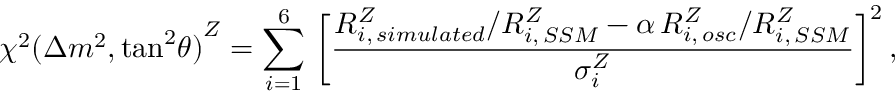
{ \chi ^ { 2 } ( \Delta m ^ { 2 } , \mathrm { { t a n } ^ { 2 } } \theta ) } ^ { Z } = \sum _ { i = 1 } ^ { 6 } \, \bigg [ { \frac { R _ { i , \, s i m u l a t e d } ^ { Z } / R _ { i , \, S S M } ^ { Z } - \alpha \, R _ { i , \, o s c } ^ { Z } / R _ { i , \, S S M } ^ { Z } } { \sigma _ { i } ^ { Z } } } \bigg ] ^ { 2 } \, ,